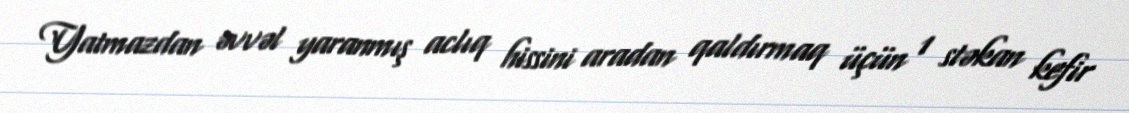
Yatmazdan əvvəl yaranmış aclıq hissini aradan qaldırmaq üçün 1 stəkan kefir